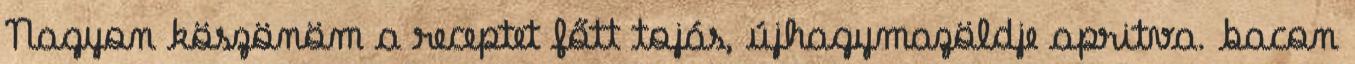
Nagyon köszönöm a receptet főtt tojás, újhagymazöldje apritva. bacon